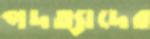
পদত্যাদের